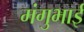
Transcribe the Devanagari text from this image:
मंगुभाई